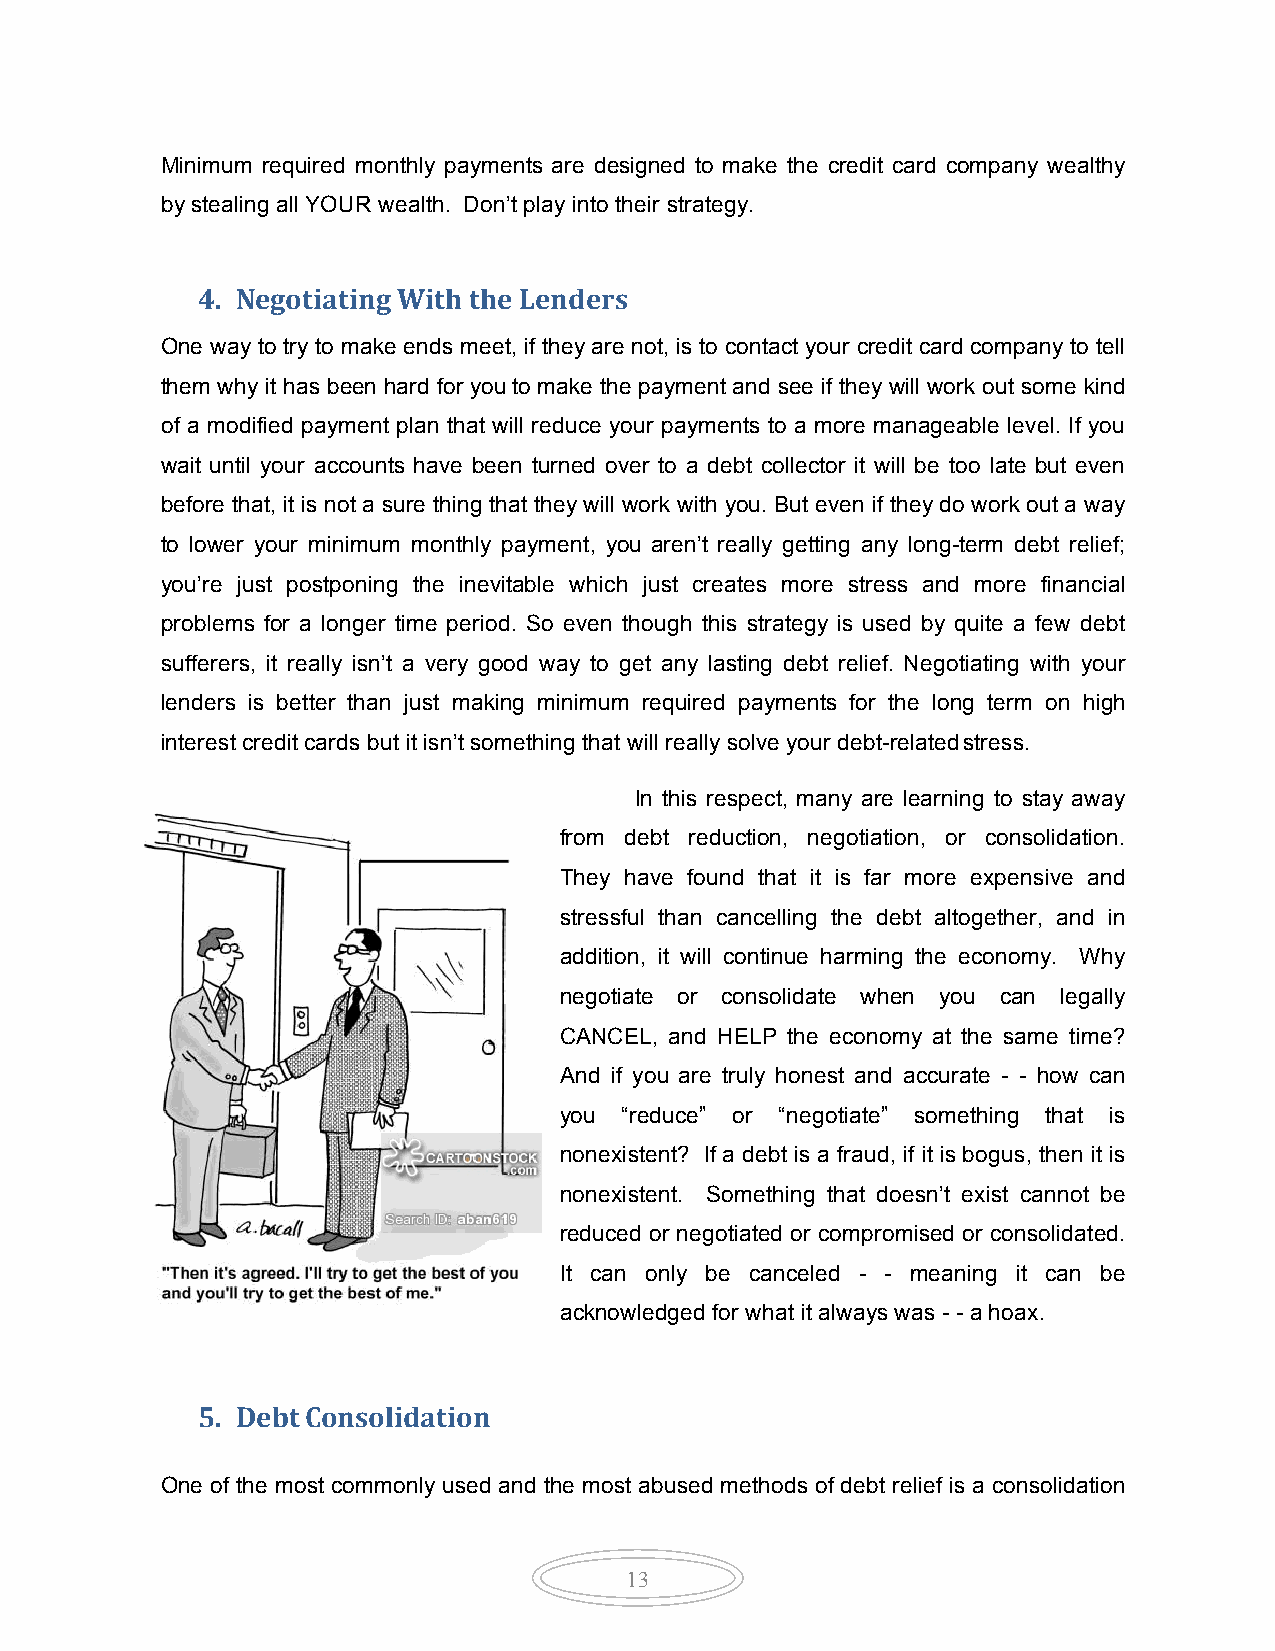
Minimum required monthly payments are designed to make the credit card company wealthy
 by stealing all YOUR wealth. Don’t play into their strategy.
 4. Negotiating With the Lenders
 One way to try to make ends meet, if they are not, is to contact your credit card company to tell
 them why it has been hard for you to make the payment and see if they will work out some kind
 of a modified payment plan that will reduce your payments to a more manageable level. If you
 wait until your accounts have been turned over to a debt collector it will be too late but even
 before that, it is not a sure thing that they will work with you. But even if they do work out a way
 to lower your minimum monthly payment, you aren’t really getting any long-term debt relief;
 you’re just postponing the inevitable which just creates more stress and more financial
 problems for a longer time period. So even though this strategy is used by quite a few debt
 sufferers, it really isn’t a very good way to get any lasting debt relief. Negotiating with your
 lenders is better than just making minimum required payments for the long term on high
 interest credit cards but it isn’t something that will really solve your debt-related stress.
 In this respect, many are learning to stay away
 from debt reduction, negotiation, or consolidation.
 They have found that it is far more expensive and
 stressful than cancelling the debt altogether, and in
 addition, it will continue harming the economy. Why
 negotiate or consolidate when you can legally
 CANCEL, and HELP the economy at the same time?
 And if you are truly honest and accurate - - how can
 you “reduce” or “negotiate” something that is
 nonexistent? If a debt is a fraud, if it is bogus, then it is
 nonexistent. Something that doesn’t exist cannot be
 reduced or negotiated or compromised or consolidated.
 It can only be canceled - - meaning it can be
 acknowledged for what it always was - - a hoax.
 5. Debt Consolidation
 One of the most commonly used and the most abused methods of debt relief is a consolidation
 13